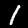
Label: 1